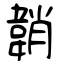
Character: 韒